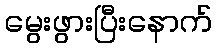
မွေးဖွားပြီးနောက်